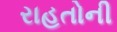
રાહતોની